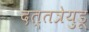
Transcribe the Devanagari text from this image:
दत्तत्रेयुडू